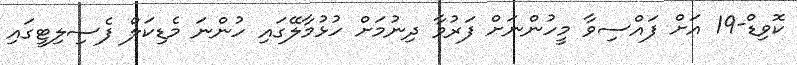
ކޮވިޑް-19 އަށް ފައްސިވާ މީހުންނަށް ފަރުވާ ދިނުމަށް ހުޅުމާލޭގައި ހުންނަ މެޑިކަލް ފެސިލިޓީގައި